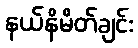
နယ်နိမိတ်ချင်း